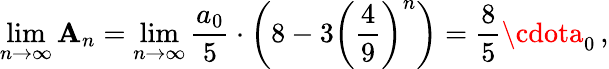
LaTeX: \operatorname*{lim}_{n\rightarrow\infty}\mathbf{A}_{n}=\operatorname*{lim}_{n\rightarrow\infty}{\frac{{a_{0}}}{{5}}}\cdot\left(8-3\left({\frac{{4}}{{9}}}\right)^{n}\right)={\frac{{8}}{{5}}}\cdota_{0}\, ,